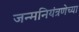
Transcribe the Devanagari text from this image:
जन्मनियंत्रणेच्या